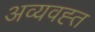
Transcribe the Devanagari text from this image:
अव्यवह्त